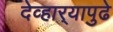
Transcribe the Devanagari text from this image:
देव्हार्‍यापुढे